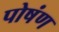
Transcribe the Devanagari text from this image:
पोषंण